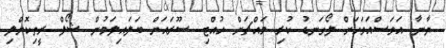
ޔާނާ އަވަސްއަވަހަށް ލޯގަނޑު ކުރި މައްޗަށް ހުއްޓި ސޫރައަށް ބަލައިލަމުން ޝޯލް ރީތިކޮށްލި